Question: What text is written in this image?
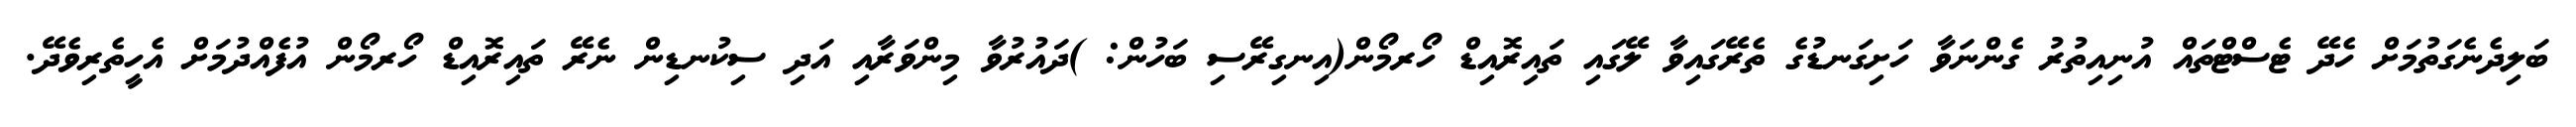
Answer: ބަލިދެނެގަތުމަށް ހެދޭ ޓެސްޓްތައް އުނިއިތުރު ގެންނަވާ ހަށިގަނޑުގެ ތެރޭގައިވާ ލޭގައި ތައިރޮއިޑް ހޯރމޯން(އިނގިރޭސި ބަހުން: )ދައުރުވާ މިންވަރާއި އަދި ސިކުނޑިން ނެރޭ ތައިރޮއިޑް ހޯރމޯން އުފެއްދުމަށް އެހީތެރިވެދޭ.